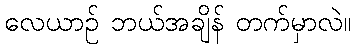
လေယာဉ် ဘယ်အချိန် တက်မှာလဲ။